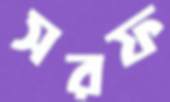
সরফ